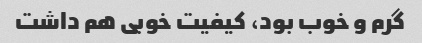
گرم و خوب بود، کیفیت خوبی هم داشت